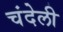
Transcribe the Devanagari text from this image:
चंदेली